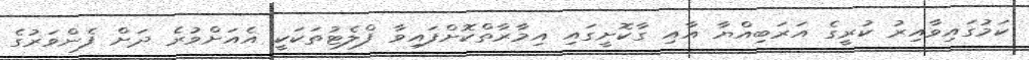
ކަމުގައިވާއިރު ކުރީގެ އަރަބިއްޔާ އާއި ގާކޮށީގައި އިމާރާތްކޮށްފައިވާ ފްލެޓުތަކަކީ އެއަށްވުރެ ދަށް ފެންވަރުގެ